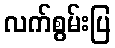
လက်စွမ်းပြ